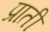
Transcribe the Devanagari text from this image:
प्राती